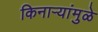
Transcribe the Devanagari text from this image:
किनाऱ्यांमुळे